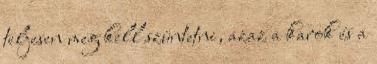
teljesen meg kell szüntetni, azaz a karok és a